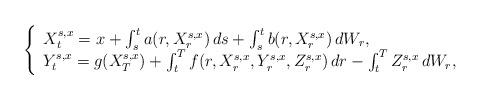
LaTeX: \begin{align*}\left\{\begin{array}{l}X_t^{s,x} = x + \int_s^t a(r, X^{s,x}_r)\,ds + \int_s^t b(r, X^{s,x}_r)\,dW_r,\\Y^{s,x}_t = g(X^{s,x}_T) + \int_t^T f(r, X^{s,x}_r, Y^{s,x}_r, Z^{s,x}_r)\,dr - \int_t^T Z ^{s,x}_r\,dW_r,\end{array}\right.\end{align*}